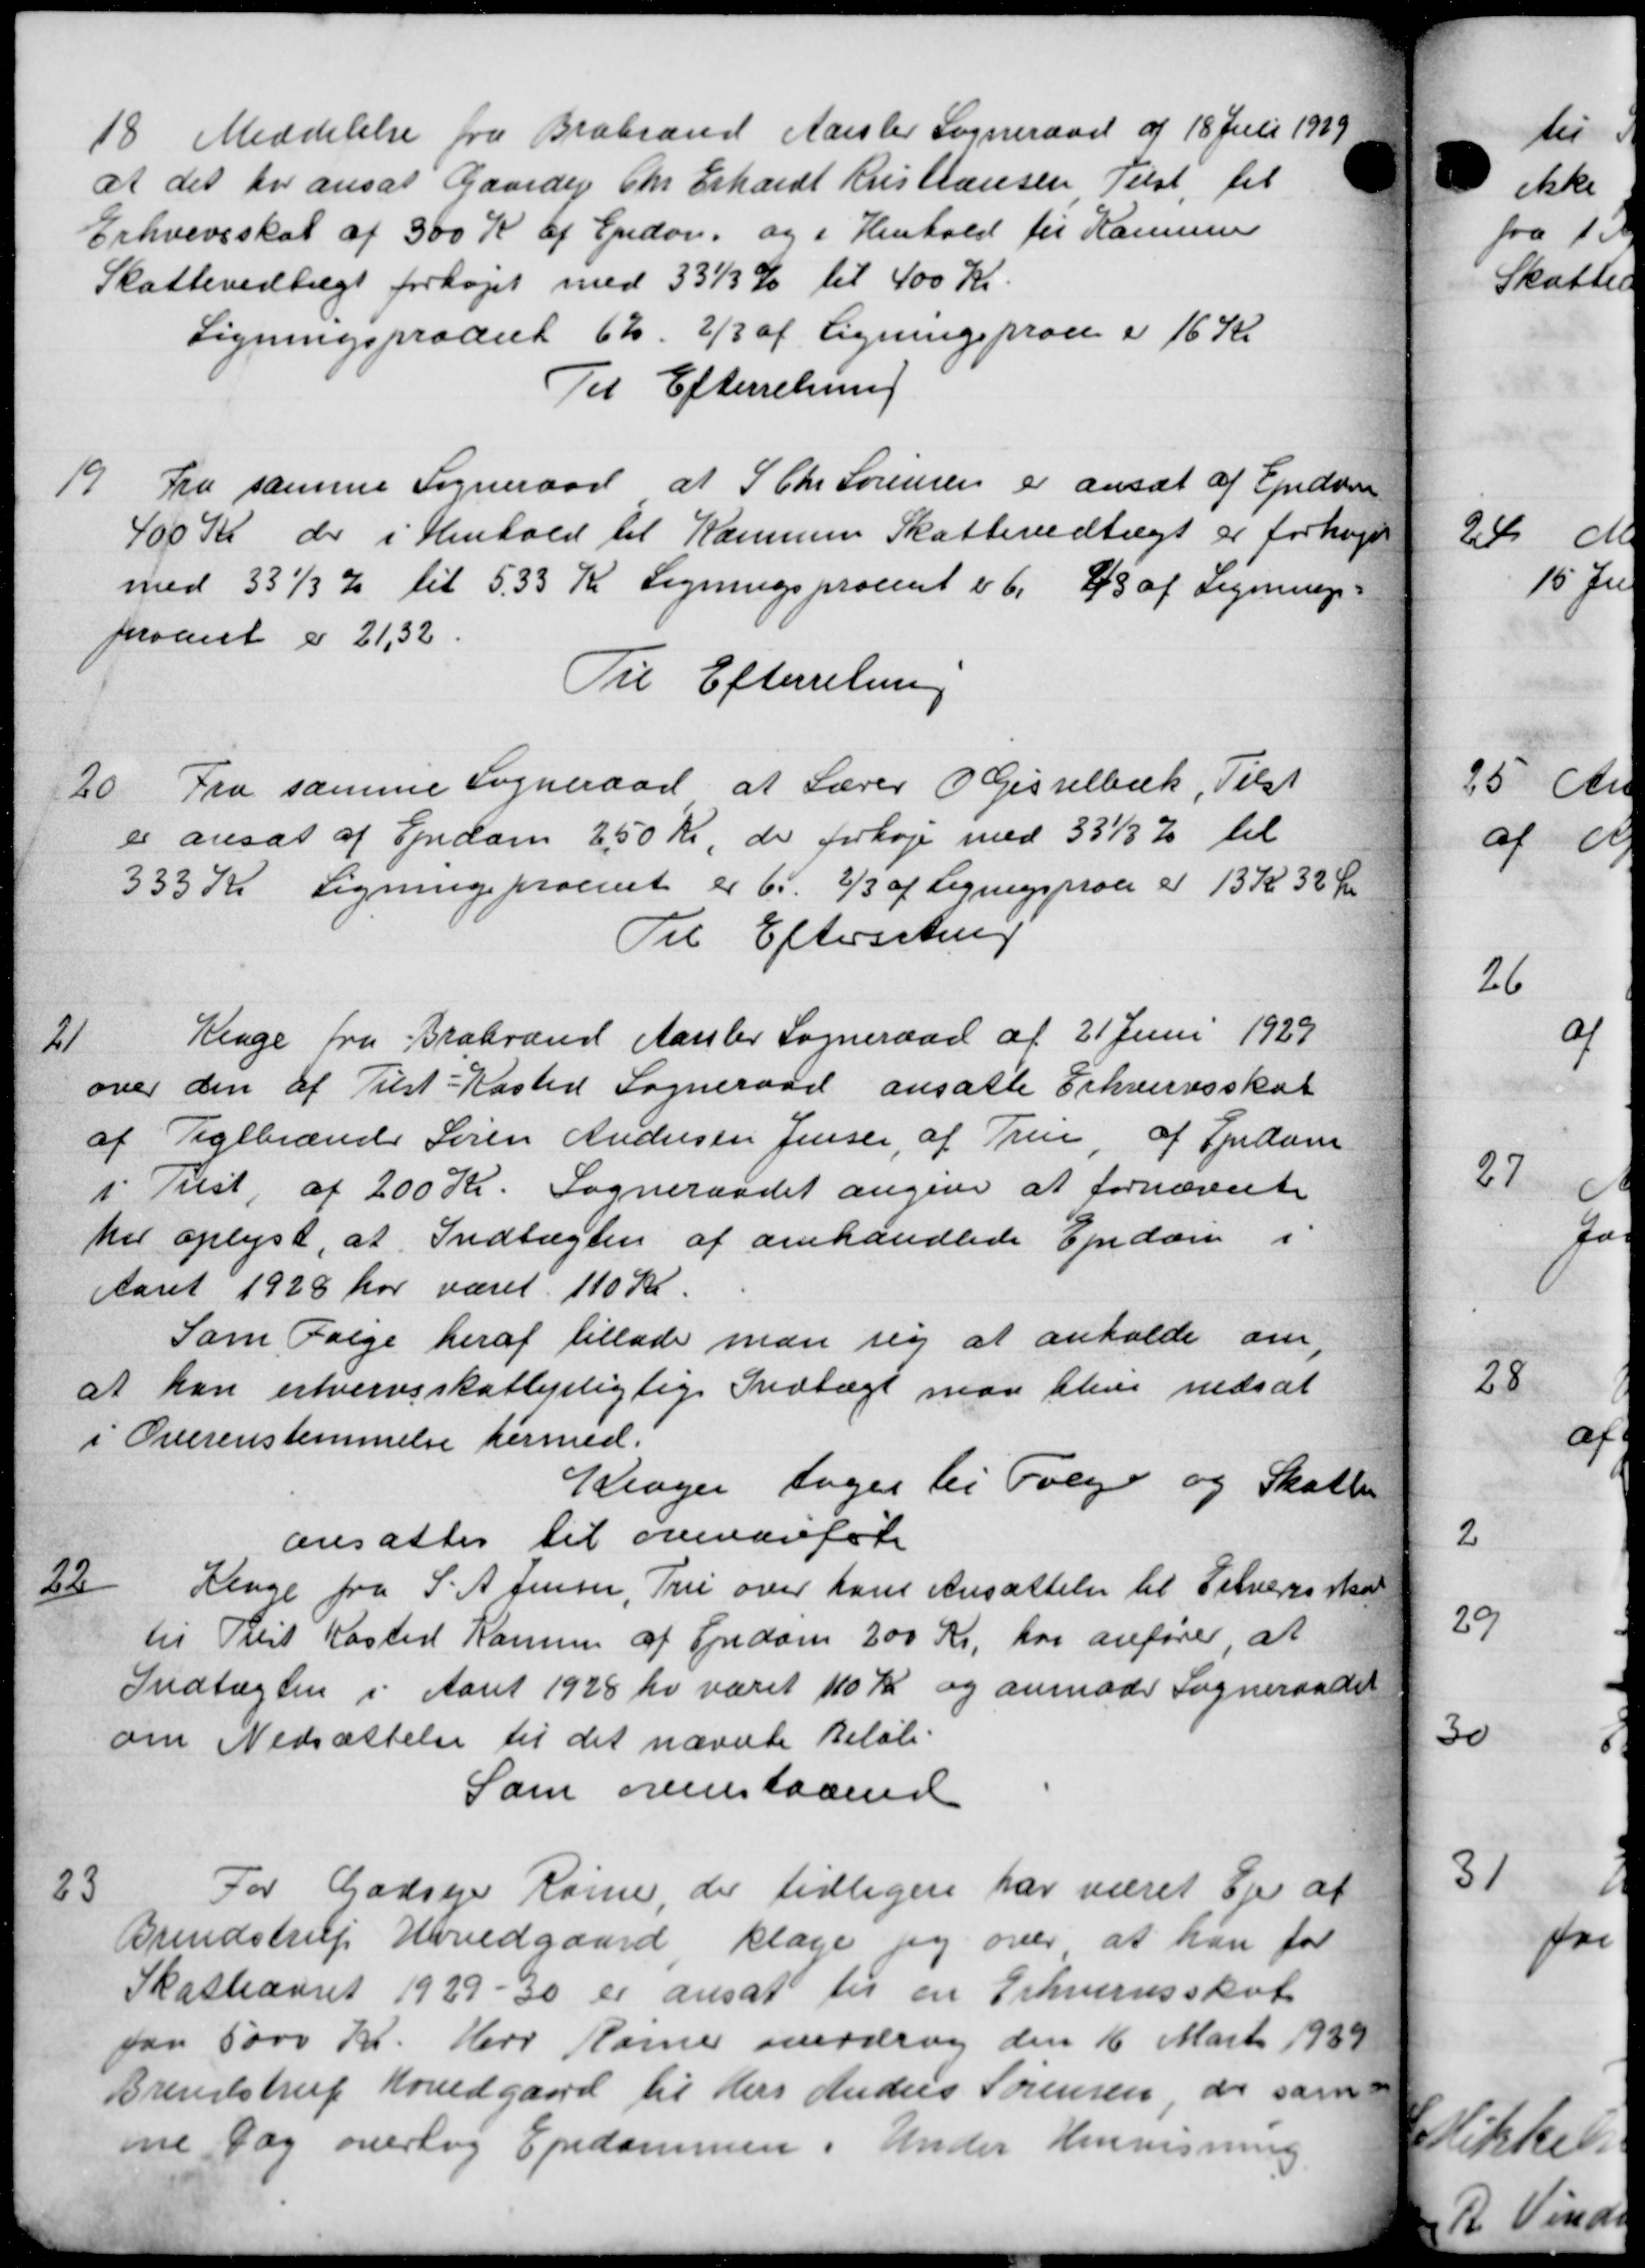
Transskription:
18
Meddelelse fra Brabrand Aarslev Sogneraad af 18 Juli 1939
at det har ansat Gaardej Chr Erhardt Kristiansen Tilst til
Erhvervsskat af 300 Kr af Ejndom og i Henhold til Kommu
Skattevedtægt forhøjet med 331/3 % til 400 Kr.
Ligningsprocet 62. 2/3 af Ligningsproce i 16 Kr
Til Efterretning
19
Fra samme Sogneraad at S. Chr Sørensen er ansæt af Ejendom
400 Kr der i Henhold til Kommunes Skattevedtægt er forhøjet
med 331 % til 533 Kr Ligningsprocent i 6. 43 af Lignings-
praanet er 21,32
Til Efterretning
20. Fra samme Sogneraad at Lærer O Gisselbæk, Tilst
20. Fra samme Sogneraad at Lærer O Gisselbæk, Tilst
er ansat af Ejendom 250 Kr, der forhøje med 33½ % til
333 Kr Ligningsprocent er 6. 2/3 af Ligningsproce er 13 Kr 32 Øre
Til Efterretning
21
Klage fra Brabrand Aarslev Sogneraad af 21 Juni 1929
over den af Tilst-Kasted Sogneraad ansatte Erhvervsskat
af Teglbrænder Søren Andersen Jensen af Tren, af Spidan
i Trest af 200 Kr. Sogneraadet angiver at fornævnte
her oplyst, at Indtægten af omhandlede Ejendom i
Aaret 1928 har været 110 Kr.
Som Følge heraf tillade man sig at anholde om,
at kan erhvervsskattepligtige Indtægt man blive nedsat
i Overenstemmelse hermed.
Klager tages til Følge og Skatte-
ansattes til overarefale
22
Kenge fra S. A. Jensen, Tru over hans Ansættelse til Silveres skal
til Rest Kasted Konsen af Ejendom 200 Kr. har anfører at
Indtægten i Aaret 1928 hr været 110 Kr og anmoder Sogneraadet
om Nedsættelse til det nævnte Beløb.
Som ovenstaaende
23
For Godsejer Rønne, der tidligere har været Ejer af
Brendstrup Hovedgaard klage jeg over at han for
Skatteaaret 1929-30 er ansat til en Erhvervsskat
paa 5000 Kr. Hers Barner overdrag den 16 Marts 1939
Brendstrup Hovedgaard til Hers Anders Sørensen og sam-
ine Dag overtog Ejndommen i Under Henvisning